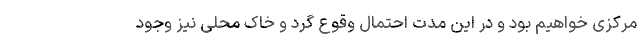
مرکزی خواهیم بود و در این مدت احتمال وقوع گرد و خاک محلی نیز وجود